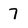
Character: 7